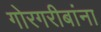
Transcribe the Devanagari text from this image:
गोरगरीबांना